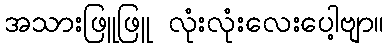
အသားဖြူဖြူ လုံးလုံးလေးပေါ့ဗျာ။